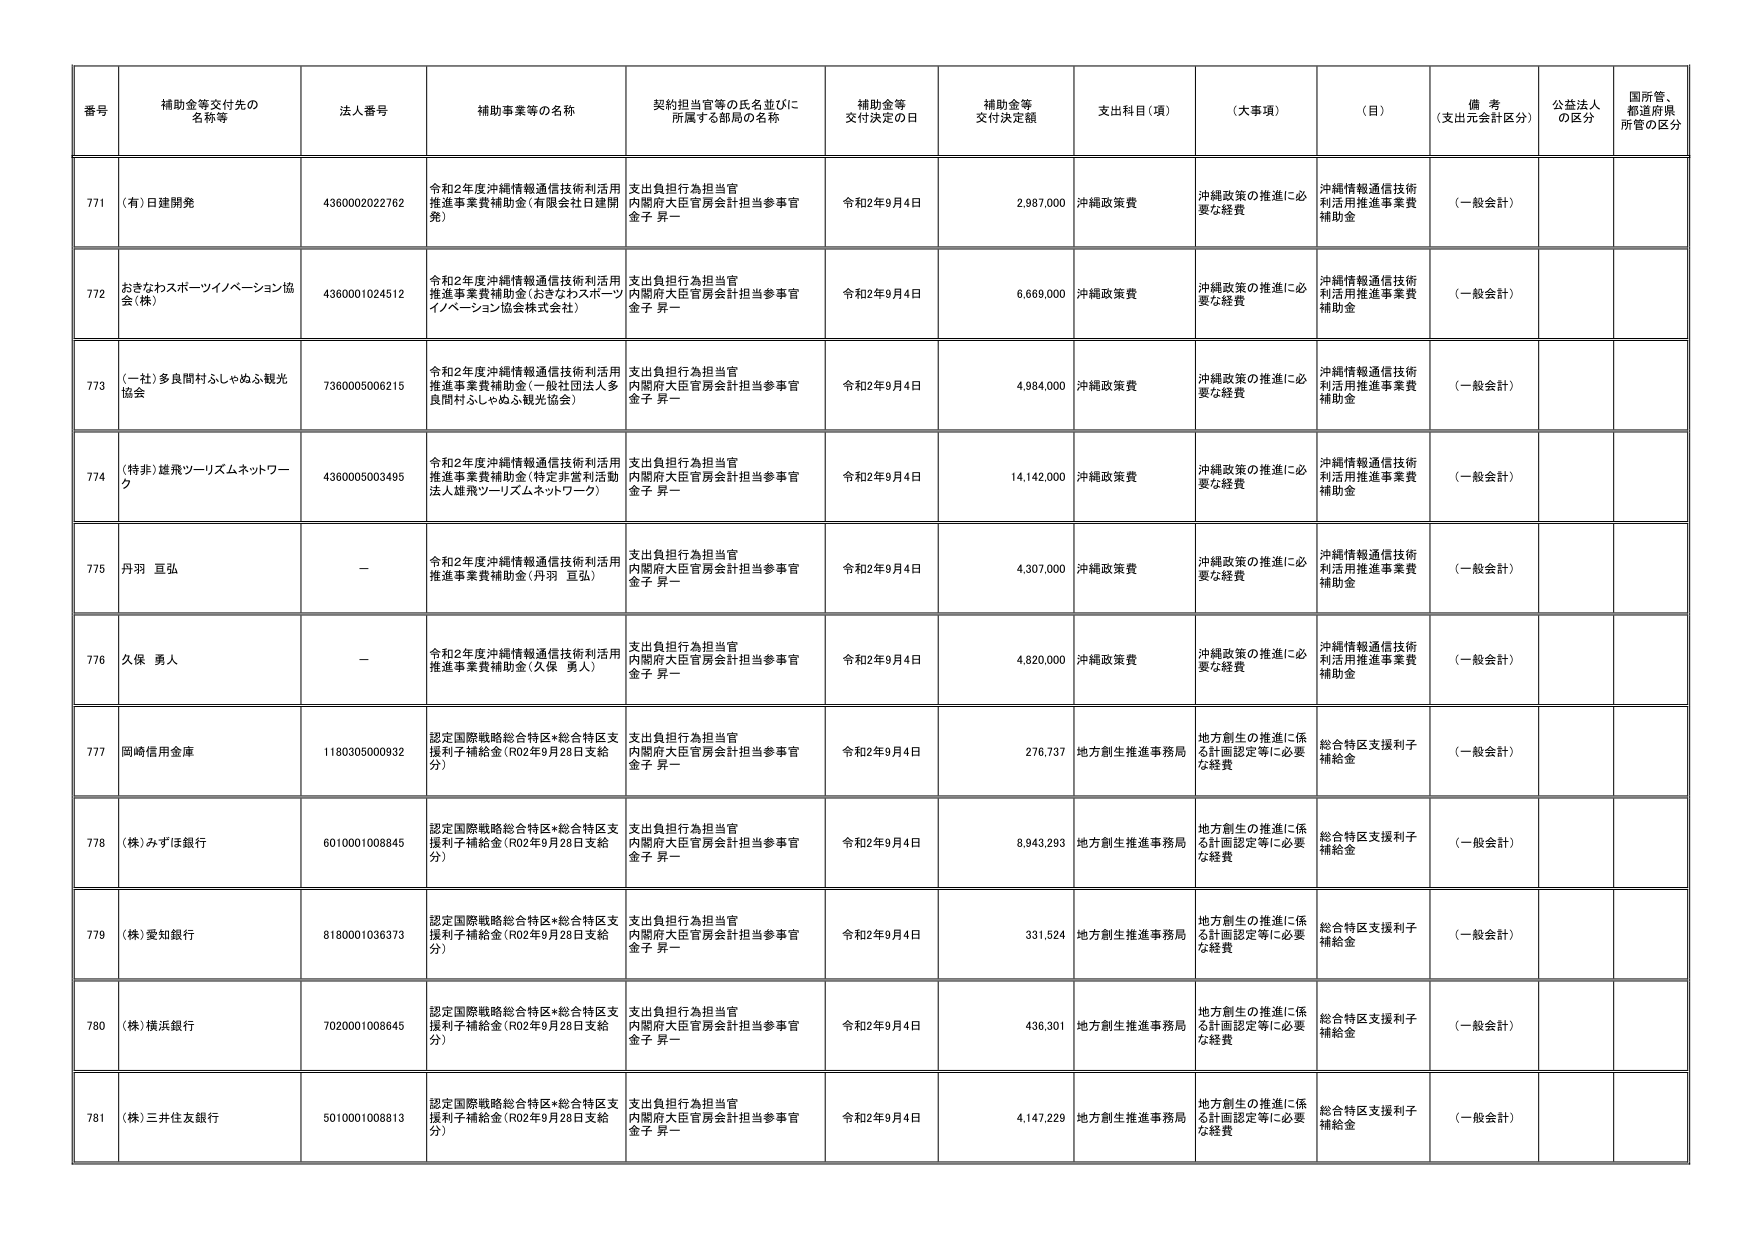
番号 補助金等交付先の名称等 法人番号 補助事業等の名称 契約担当官等の氏名並びに所属する部局の名称 補助金等交付決定の日 補助金等交付決定額 支出科目（項） （大事項） （目） 備考（支出元会計区分） 公益法人の区分 国所管、都道府県所管の区分

771 （有）日建開発 4360002022762 令和2年度沖縄情報通信技術利活用推進事業費補助金（有限会社日建開発） 支出負担行為担当官 内閣府大臣官房会計担当参事官 金子 昇一 令和2年9月4日 2,987,000 沖縄政策費 沖縄政策の推進に必要な経費 沖縄情報通信技術利活用推進事業費補助金 （一般会計）

772 おきなわスポーツイノベーション協会（株） 4360001024512 令和2年度沖縄情報通信技術利活用推進事業費補助金（おきなわスポーツイノベーション協会株式会社） 支出負担行為担当官 内閣府大臣官房会計担当参事官 金子 昇一 令和2年9月4日 6,669,000 沖縄政策費 沖縄政策の推進に必要な経費 沖縄情報通信技術利活用推進事業費補助金 （一般会計）

773 （一社）多良間村ふしぇやぬふ観光協会 7360005006215 令和2年度沖縄情報通信技術利活用推進事業費補助金（一般社団法人多良間村ふしぇやぬふ観光協会） 支出負担行為担当官 内閣府大臣官房会計担当参事官 金子 昇一 令和2年9月4日 4,984,000 沖縄政策費 沖縄政策の推進に必要な経費 沖縄情報通信技術利活用推進事業費補助金 （一般会計）

774 （特非）雄飛ツーリズムネットワーク 4360005003495 令和2年度沖縄情報通信技術利活用推進事業費補助金（特定非営利活動法人雄飛ツーリズムネットワーク） 支出負担行為担当官 内閣府大臣官房会計担当参事官 金子 昇一 令和2年9月4日 14,142,000 沖縄政策費 沖縄政策の推進に必要な経費 沖縄情報通信技術利活用推進事業費補助金 （一般会計）

775 丹羽 亘弘 － 令和2年度沖縄情報通信技術利活用推進事業費補助金（丹羽 亘弘） 支出負担行為担当官 内閣府大臣官房会計担当参事官 金子 昇一 令和2年9月4日 4,307,000 沖縄政策費 沖縄政策の推進に必要な経費 沖縄情報通信技術利活用推進事業費補助金 （一般会計）

776 久保 勇人 － 令和2年度沖縄情報通信技術利活用推進事業費補助金（久保 勇人） 支出負担行為担当官 内閣府大臣官房会計担当参事官 金子 昇一 令和2年9月4日 4,820,000 沖縄政策費 沖縄政策の推進に必要な経費 沖縄情報通信技術利活用推進事業費補助金 （一般会計）

777 岡崎信用金庫 1180305000932 認定国際戦略総合特区*総合特区支援利子補給金（R02年9月28日支給分） 支出負担行為担当官 内閣府大臣官房会計担当参事官 金子 昇一 令和2年9月4日 276,737 地方創生推進事務局 地方創生の推進に係る計画認定等に必要な経費 総合特区支援利子補給金 （一般会計）

778 （株）みずほ銀行 6010001008845 認定国際戦略総合特区*総合特区支援利子補給金（R02年9月28日支給分） 支出負担行為担当官 内閣府大臣官房会計担当参事官 金子 昇一 令和2年9月4日 8,943,293 地方創生推進事務局 地方創生の推進に係る計画認定等に必要な経費 総合特区支援利子補給金 （一般会計）

779 （株）愛知銀行 8180001036373 認定国際戦略総合特区*総合特区支援利子補給金（R02年9月28日支給分） 支出負担行為担当官 内閣府大臣官房会計担当参事官 金子 昇一 令和2年9月4日 331,524 地方創生推進事務局 地方創生の推進に係る計画認定等に必要な経費 総合特区支援利子補給金 （一般会計）

780 （株）横浜銀行 7020001008645 認定国際戦略総合特区*総合特区支援利子補給金（R02年9月28日支給分） 支出負担行為担当官 内閣府大臣官房会計担当参事官 金子 昇一 令和2年9月4日 436,301 地方創生推進事務局 地方創生の推進に係る計画認定等に必要な経費 総合特区支援利子補給金 （一般会計）

781 （株）三井住友銀行 5010001008813 認定国際戦略総合特区*総合特区支援利子補給金（R02年9月28日支給分） 支出負担行為担当官 内閣府大臣官房会計担当参事官 金子 昇一 令和2年9月4日 4,147,229 地方創生推進事務局 地方創生の推進に係る計画認定等に必要な経費 総合特区支援利子補給金 （一般会計）